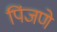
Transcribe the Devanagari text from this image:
पिंजणे